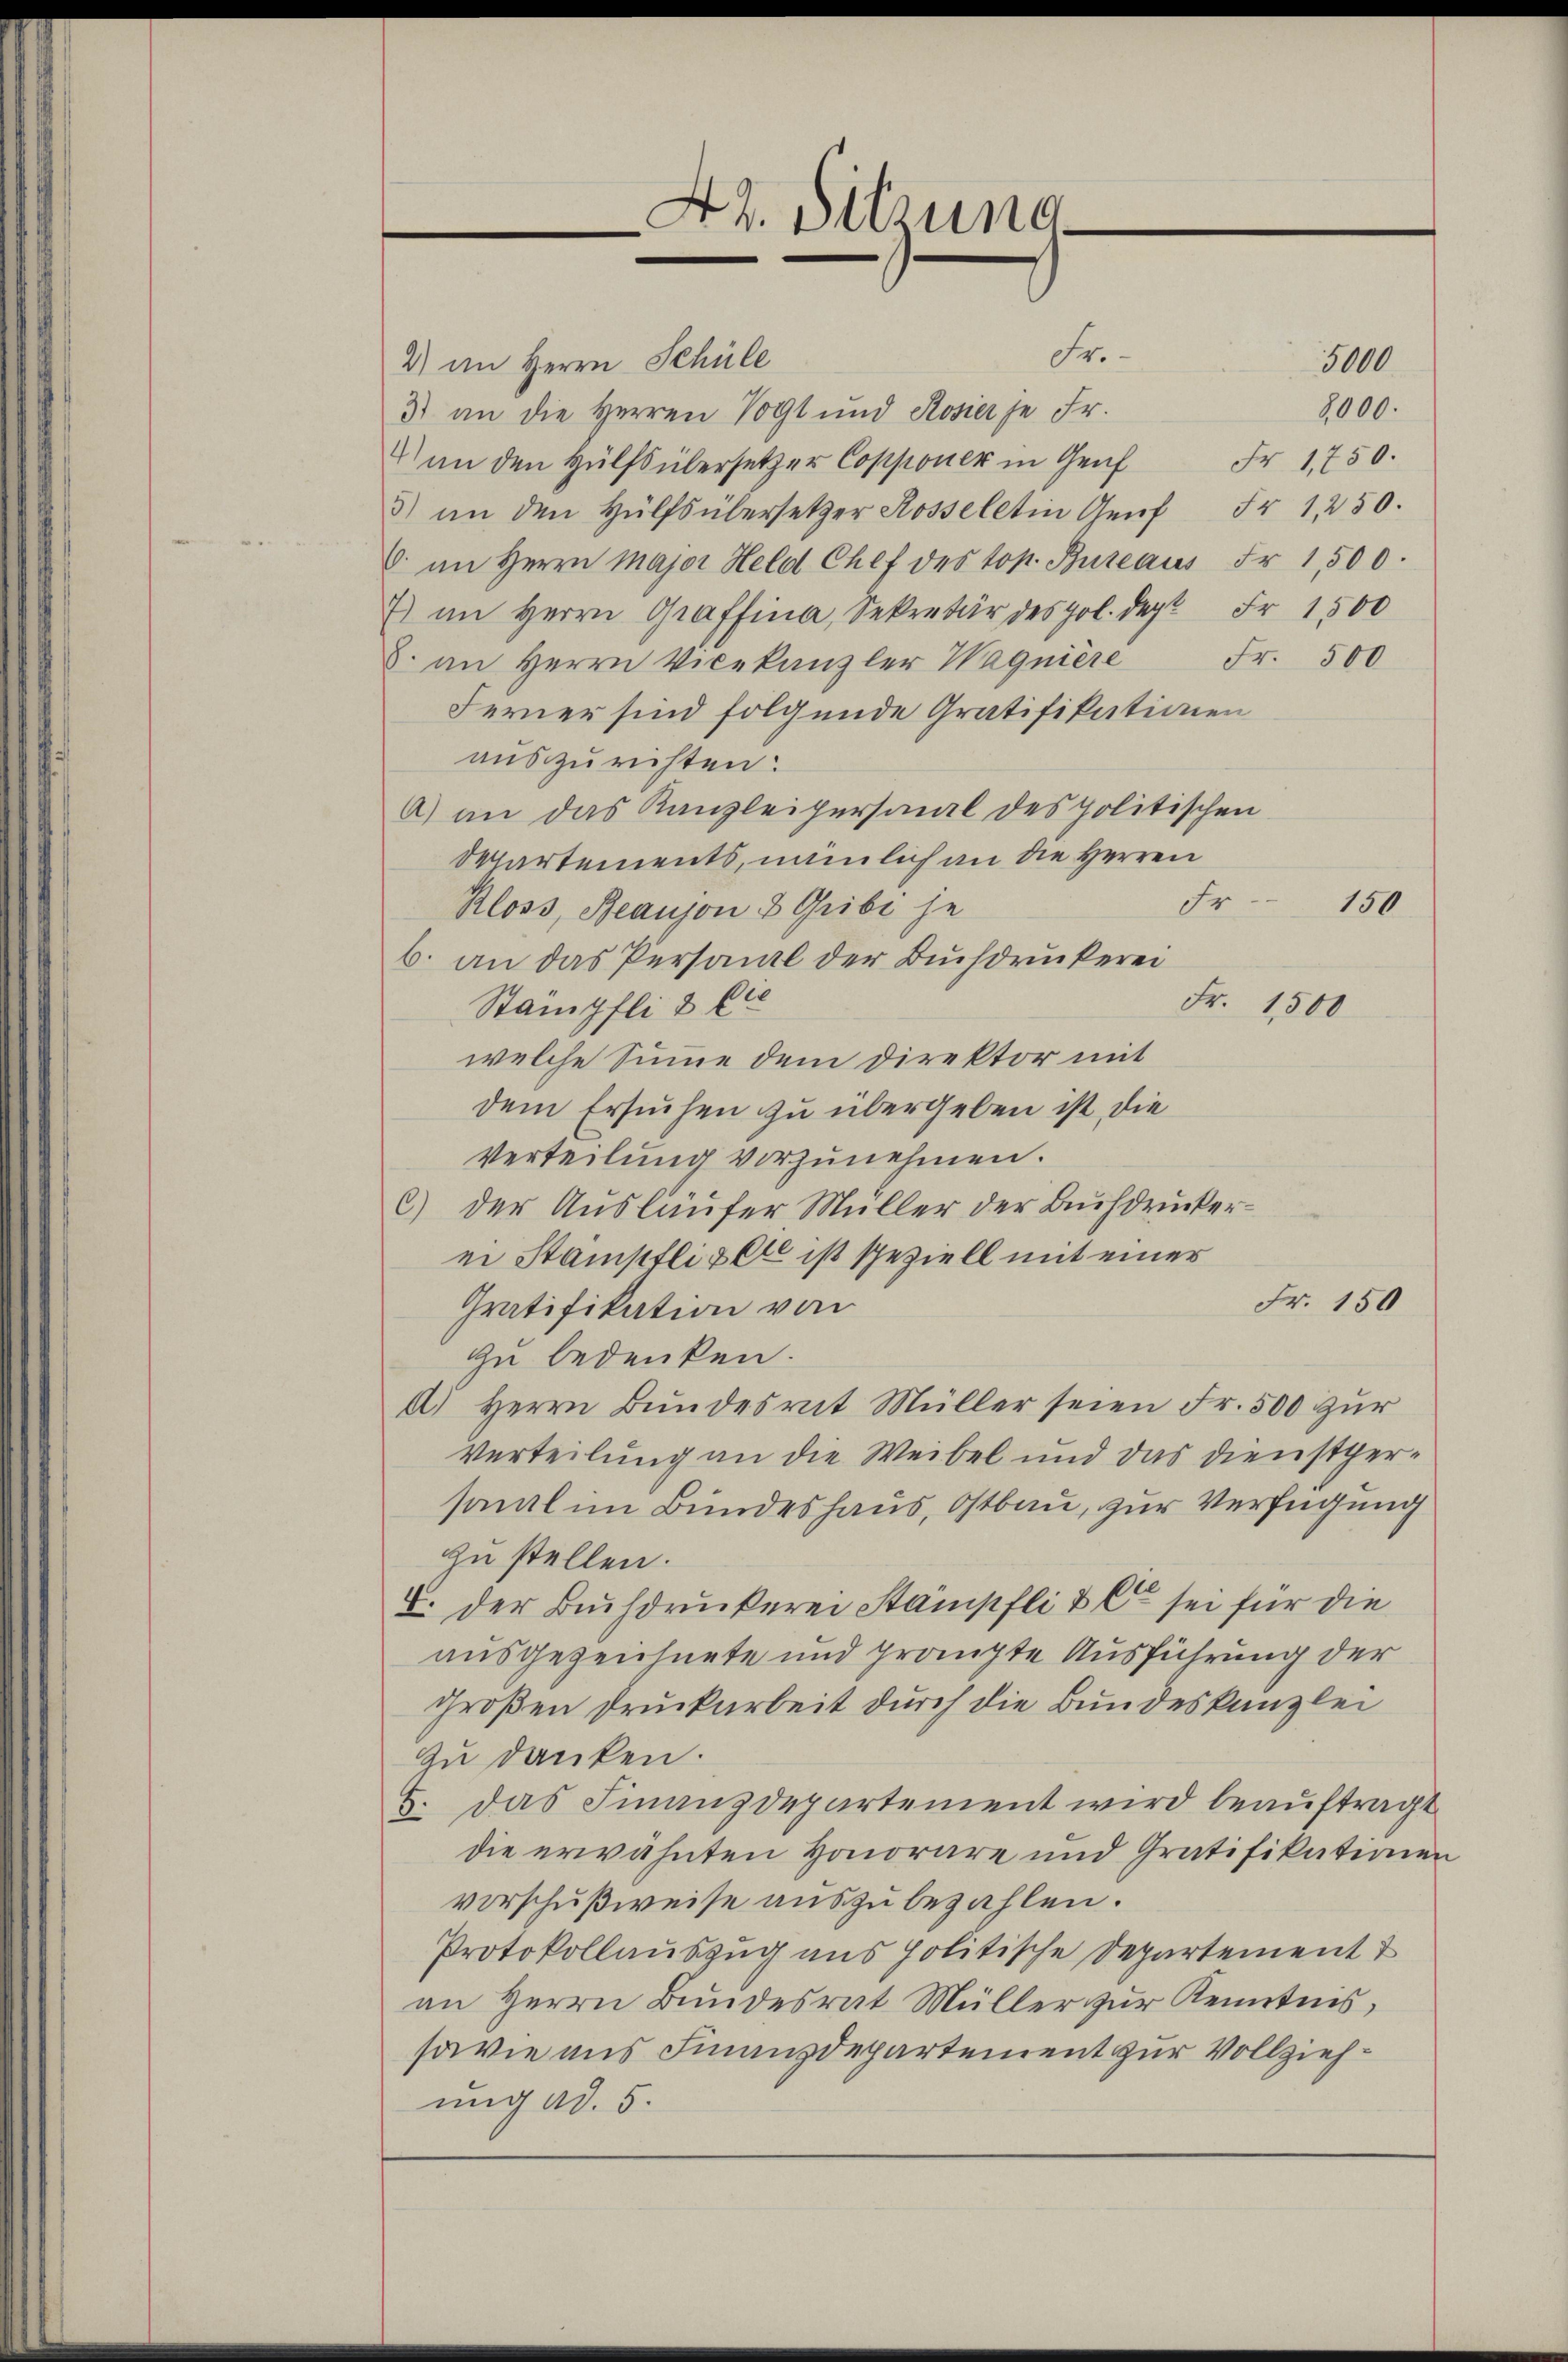
A. Sitzung

Fr.
2) im Herrn Schüle
3) an die Herren Vogt und Rosier je Fr.
) an den Hülfs übersetzer Copponer in Genf
3) an den Hülfsübersetzer Rosseletin Genf Fr. 1250.
8. an Herrn Major Held Chef des top. Bureaus Fr. 1500.
7) an Herrn Graffina, Sekretär des pol. der Fr. 1500
an Herrn Vicekanzler Wagniere Fr. 500
Ferner sind folgende Gratifikationen
auszurichten:
a) an das Kanzleipersonal des politischen
Departements, nämlich an die Herren
Er
Kloss, Beaujon & Gribi je
b. an das Personal der Buchdruckerei
Fr. 1500
Stämpfli & Cie
welche Summe dem Direktor mit
dem Ersuchen zu übergeben ist, die
Verteilung vorzunehmen.
c.) der Ausläufer Müller der Buchdrucker-
ei Stampfli et ist speziell mit einer
Fr. 150
Gratifikation von
zu bedenken.
a) Herrn Bundesrat Müller seien Fr. 500 zur
Verteilung an die Weibel und das Dienstgersaml im Bundeshaus, Ostbau, zur Verfügung
zu stellen.
V. der Buchdruckerei Stampfli & Cie sei für die
ausgezeichnete und gränzte Ausführung der
großen Druckarbeit durch die Bundeskanzlei
zu danken.
8. Das Finanzdepartement wird beauftragt
die erwähnten Honorare und Gratifikation
vorschußweise auszubezahlen.
Protokollauszug aus politische Departement
an Herrn Bundesrat Müller zur Kenntnis,
savie aus Finanzdepartement zur Vollziehung ad. 5.

3000
8000.
Fr. 1750.

150